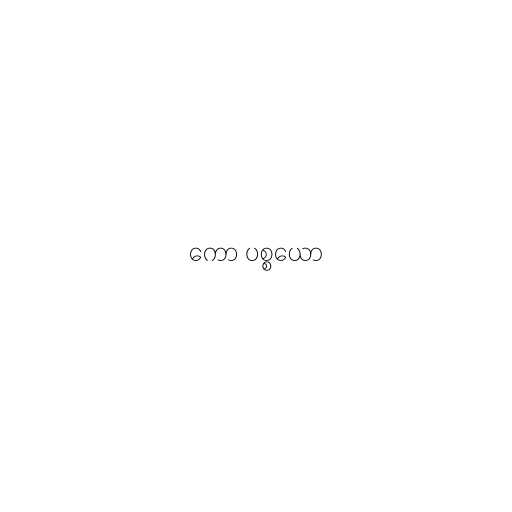
ကော ပစ္စယော